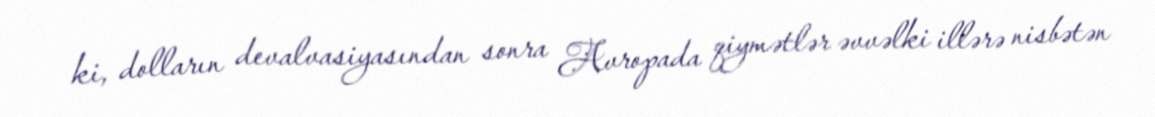
ki, dolların devalvasiyasından sonra Avropada qiymətlər əvvəlki illərə nisbətən